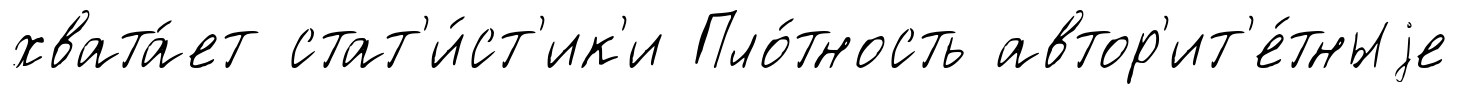
хвата́ет стат'и́ст'ик'и Пло́тность автор'ит'е́тныjе